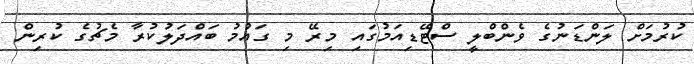
ކުރުމަށް ލަންޑަނުގެ ވެންބްލީ ސްޓޭޑިއަމުގައި މިރޭ މި ގައުމު ބައްދަލުކުރާ މެޗުގެ ކުރިން